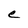
Character: e